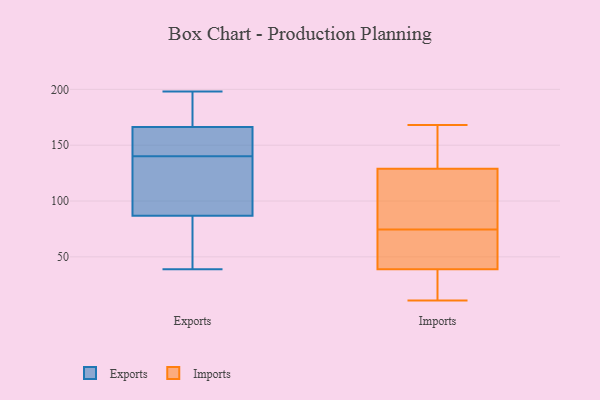
{"axis": {"x": "Churn Rate (%)", "y": "Value"}, "legend": ["Exports", "Imports"], "data": [{"x": "", "y": 39, "type": "Exports"}, {"x": "", "y": 145, "type": "Exports"}, {"x": "", "y": 47, "type": "Exports"}, {"x": "", "y": 108, "type": "Exports"}, {"x": "", "y": 188, "type": "Exports"}, {"x": "", "y": 164, "type": "Exports"}, {"x": "", "y": 180, "type": "Exports"}, {"x": "", "y": 151, "type": "Exports"}, {"x": "", "y": 113, "type": "Exports"}, {"x": "", "y": 198, "type": "Exports"}, {"x": "", "y": 140, "type": "Exports"}, {"x": "", "y": 173, "type": "Exports"}, {"x": "", "y": 91, "type": "Exports"}, {"x": "", "y": 111, "type": "Exports"}, {"x": "", "y": 74, "type": "Exports"}, {"x": "", "y": 40, "type": "Exports"}, {"x": "", "y": 163, "type": "Exports"}, {"x": "", "y": 168, "type": "Imports"}, {"x": "", "y": 71, "type": "Imports"}, {"x": "", "y": 29, "type": "Imports"}, {"x": "", "y": 41, "type": "Imports"}, {"x": "", "y": 56, "type": "Imports"}, {"x": "", "y": 129, "type": "Imports"}, {"x": "", "y": 19, "type": "Imports"}, {"x": "", "y": 78, "type": "Imports"}, {"x": "", "y": 129, "type": "Imports"}, {"x": "", "y": 157, "type": "Imports"}, {"x": "", "y": 143, "type": "Imports"}, {"x": "", "y": 11, "type": "Imports"}, {"x": "", "y": 17, "type": "Imports"}, {"x": "", "y": 52, "type": "Imports"}, {"x": "", "y": 111, "type": "Imports"}, {"x": "", "y": 109, "type": "Imports"}, {"x": "", "y": 39, "type": "Imports"}, {"x": "", "y": 87, "type": "Imports"}]}